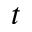
t